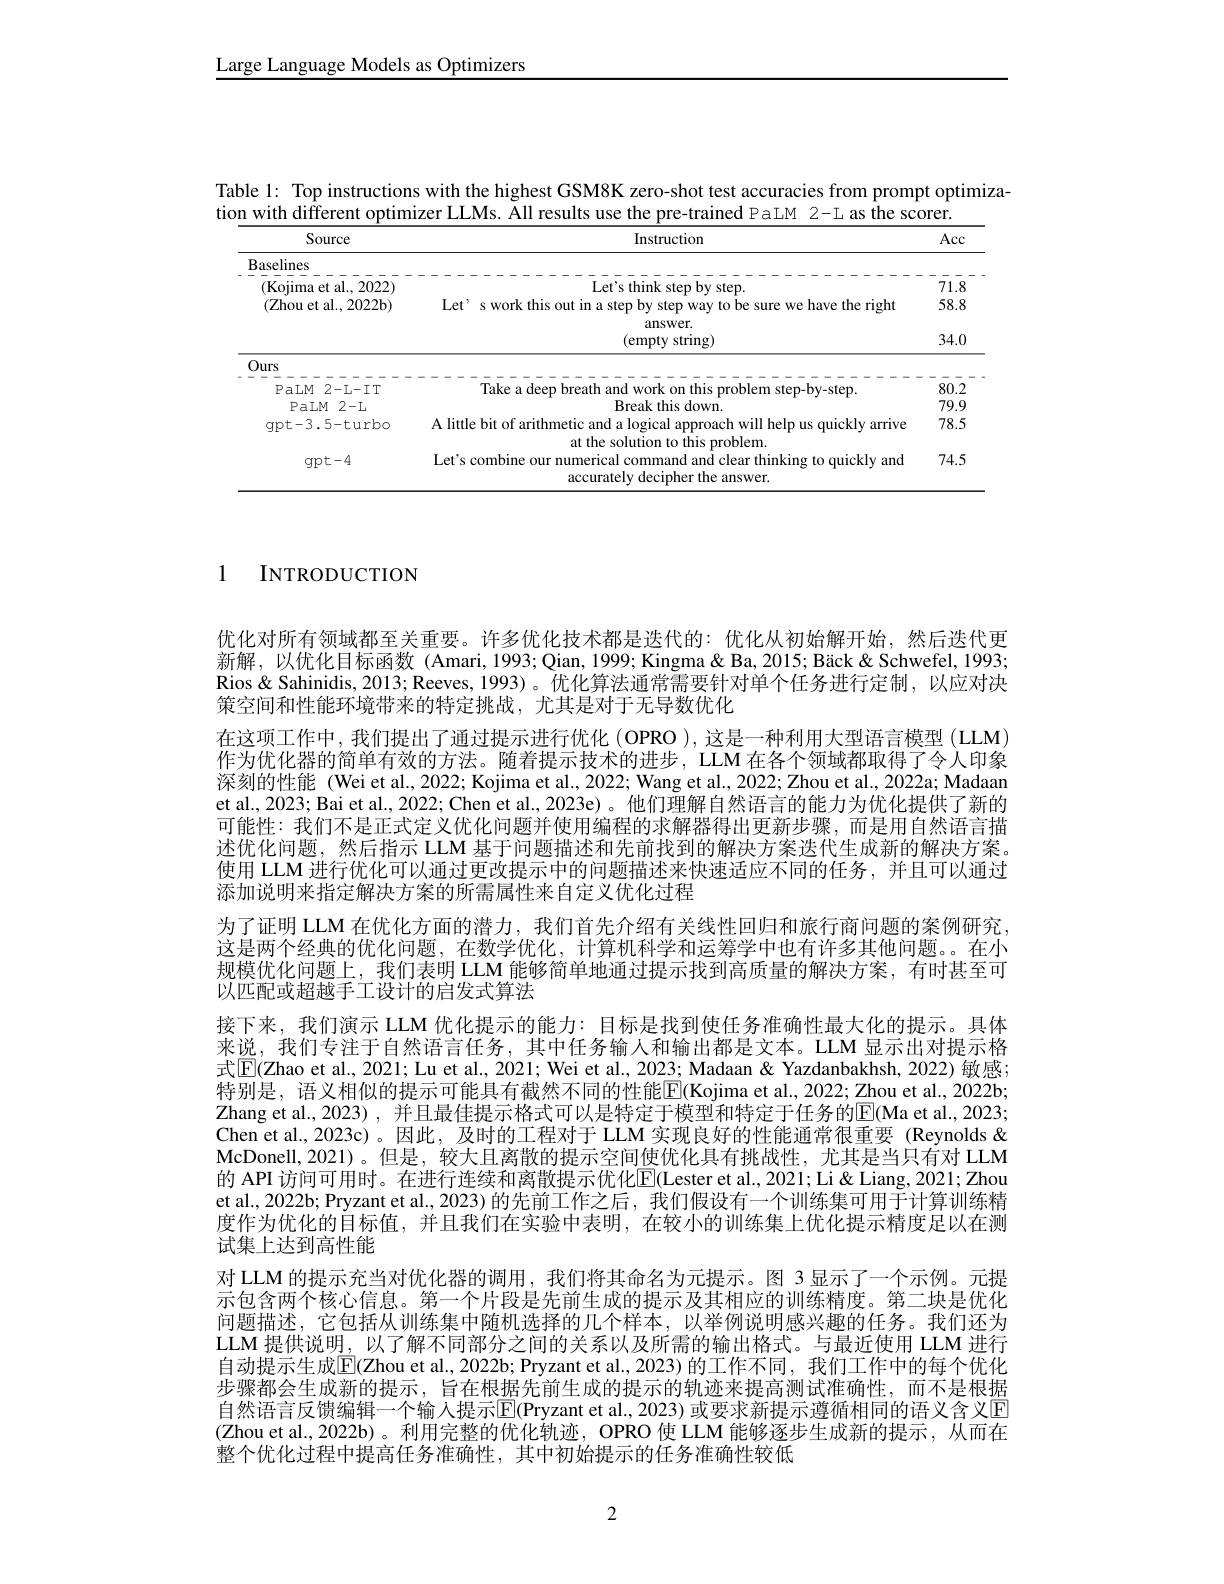
Large Language Models as Optimizers

Table 1: Top instructions with the highest GSM8K zero-shot test accuracies from prompt optimiza-
tion with different optimizer LLMs. Kll results use the pre-trained PaLM 2-L as the scorer.

<table>
	<tbody>
		<tr>
			<th rowspan="4">Source Baselines (Kojima et al., 2022) (Zhou et al., 2022b)</th>
			<th>Instruction</th>
			<th>Acc</th>
		</tr>
		<tr>
			<th>Instruction Le$t^{\prime }$s think step by step. Let' s work this out in a step by step way to be sure we have the right answer.</th>
			<th>Acc 71.8 58.8 340</th>
		</tr>
		<tr>
			<th>Le$t^{\prime }$s think step $bystep.$</th>
			<th>71.8</th>
		</tr>
		<tr>
			<th>(empty string) answer.</th>
			<th>.00.0 34.0</th>
		</tr>
		<tr>
			<td>Ours</td>
			<td> </td>
			<td> </td>
		</tr>
		<tr>
			<td>PaLM 2-L- IT</td>
			<td> </td>
			<td>80.2</td>
		</tr>
		<tr>
			<td>PaLM 2-1</td>
			<td>Break this down.</td>
			<td>79.9</td>
		</tr>
		<tr>
			<td>qpt- 3. 5- turbo</td>
			<td>A little bit of arithmetic and a logical approach will help us quickly arrive at the solu rohlem</td>
			<td>78.5</td>
		</tr>
		<tr>
			<td>$\operatorname{gpt-4}$</td>
			<td>Let's combine our numerical command and clear thinking to quickly and accurately decipher the answer</td>
			<td>74.5</td>
		</tr>
	</tbody>
</table>

# 1 INTRODUCTION

优化对所有领域都至关重要。许多优化技术都是迭代的：优化从初始解开始，然后迭代更新解，以优化目标函数(Amari, 1993; Qian, 1999; Kingma& Ba, 2015; Bäck & Schwefel, 1993; Rios & Sahinidis, 2013; Reeves, 1993)。优化算法通常需要针对单个任务进行定制，以应对决策空间和性能环境带来的特定挑战，尤其是对于无导数优化
在这项工作中，我们提出了通过提示进行优化(OPRO),这是一种利用大型语言模型(LLM) 作为优化器的简单有效的方法。随着提示技术的进步，LLM 在各个领域都取得了令人印象深刻的性能 (Wei et al., 2022; Kojima et al., 2022; Wang et al., 2022; Zhou et al., 2022a; Madaan et al., 2023; Bai et al., 2022; Chen et al., 2023e)。他们理解自然语言的能力为优化提供了新的可能性：我们不是正式定义优化问题并使用编程的求解器得出更新步骤，而是用自然语言描述优化问题，然后指示 LLM 基于问题描述和先前找到的解决方案迭代生成新的解决方案。使用 LLM 进行优化可以通过更改提示中的问题描述来快速适应不同的任务，并且可以通过添加说明来指定解决方案的所需属性来自定义优化过程
为了证明 LLM 在优化方面的潜力，我们首先介绍有关线性回归和旅行商问题的案例研究， 这是两个经典的优化问题，在数学优化，计算机科学和运筹学中也有许多其他问题。。在小规模优化问题上，我们表明 LLM 能够简单地通过提示找到高质量的解决方案，有时甚至可以匹配或超越手工设计的启发式算法
接下来，我们演示 LLM 优化提示的能力：目标是找到使任务准确性最大化的提示。具体来说，我们专注于自然语言任务，其中任务输入和输出都是文本。LLM 显示出对提示格式$\boxed{\mathrm{F}}($Zhao et al., 2021; Lu et al., 2021; Wei et al., 2023; Madaan& Yazdanbakhsh, 2022) 敏感； 特别是，语义相似的提示可能具有截然不同的性能$\overline{\mathrm{E}}($Kojima et al., 2022; Zhou et al., 2022b; Zhang et al., 2023) , 并且最佳提示格式可以是特定于模型和特定于任务的$\underline{\mathrm{E}}($Ma et al., 2023; Chen et al., 2023c)。因此，及时的工程对于 LLM 实现良好的性能通常很重要 (Reynolds & McDonell,2021)。但是，较大且离散的提示空间使优化具有挑战性，尤其是当只有对 LLM 的 API 访问可用时。在进行连续和离散提示优化$\boxed{\mathrm{E}}($Lester et al.,2021; Li " Li " Zhou et al., 2022b; Pryzant et al., 2023) 的先前工作之后，我们假设有一个训练集可用于计算训练精度作为优化的目标值，并且我们在实验中表明，在较小的训练集上优化提示精度足以在测试集上达到高性能
对 LLM 的提示充当对优化器的调用，我们将其命名为元提示。图 3 显示了一个示例。元提示包含两个核心信息。第一个片段是先前生成的提示及其相应的训练精度。第二块是优化问题描述，它包括从训练集中随机选择的几个样本，以举例说明感兴趣的任务。我们还为LLM 提供说明，以了解不同部分之间的关系以及所需的输出格式。与最近使用 LLM 进行自动提示生成$\overline{\mathbb{E}}($Zhou et al., 2022b; Pryzant et al., 2023) 的工作不同，我们工作中的每个优化步骤都会生成新的提示，旨在根据先前生成的提示的轨迹来提高测试准确性，而不是根据自然语言反馈编辑一个输人提示$\overline{\mathbb{E}}($Pryzant et al., 2023) 或要求新提示遵循相同的语义含义E (Zhou et al., 2022b)。利用完整的优化轨迹，OPRO 使 LLM 能够逐步生成新的提示，从而在整个优化过程中提高任务准确性，其中初始提示的任务准确性较低

2